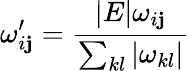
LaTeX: \omega_{i\mathbf{j}}^{\prime}=\frac{{|E|\omega_{i\mathbf{j}}}}{{\sum_{kl}|\omega_{kl}|}}